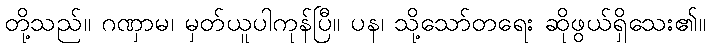
တို့သည်။ ဂဏှာမ၊ မှတ်ယူပါကုန်ပြီ။ ပန၊ သို့သော်တရေး ဆိုဖွယ်ရှိသေး၏။